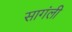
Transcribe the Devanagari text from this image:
सागंली